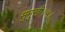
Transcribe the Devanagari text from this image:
सुमुखी॥५॥